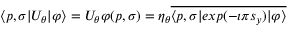
\langle p , \sigma | U _ { \theta } | \varphi \rangle = U _ { \theta } \varphi ( p , \sigma ) = \eta _ { \theta } \overline { { { \langle p , \sigma | e x p ( - \imath \pi s _ { y } ) | \varphi \rangle } } }